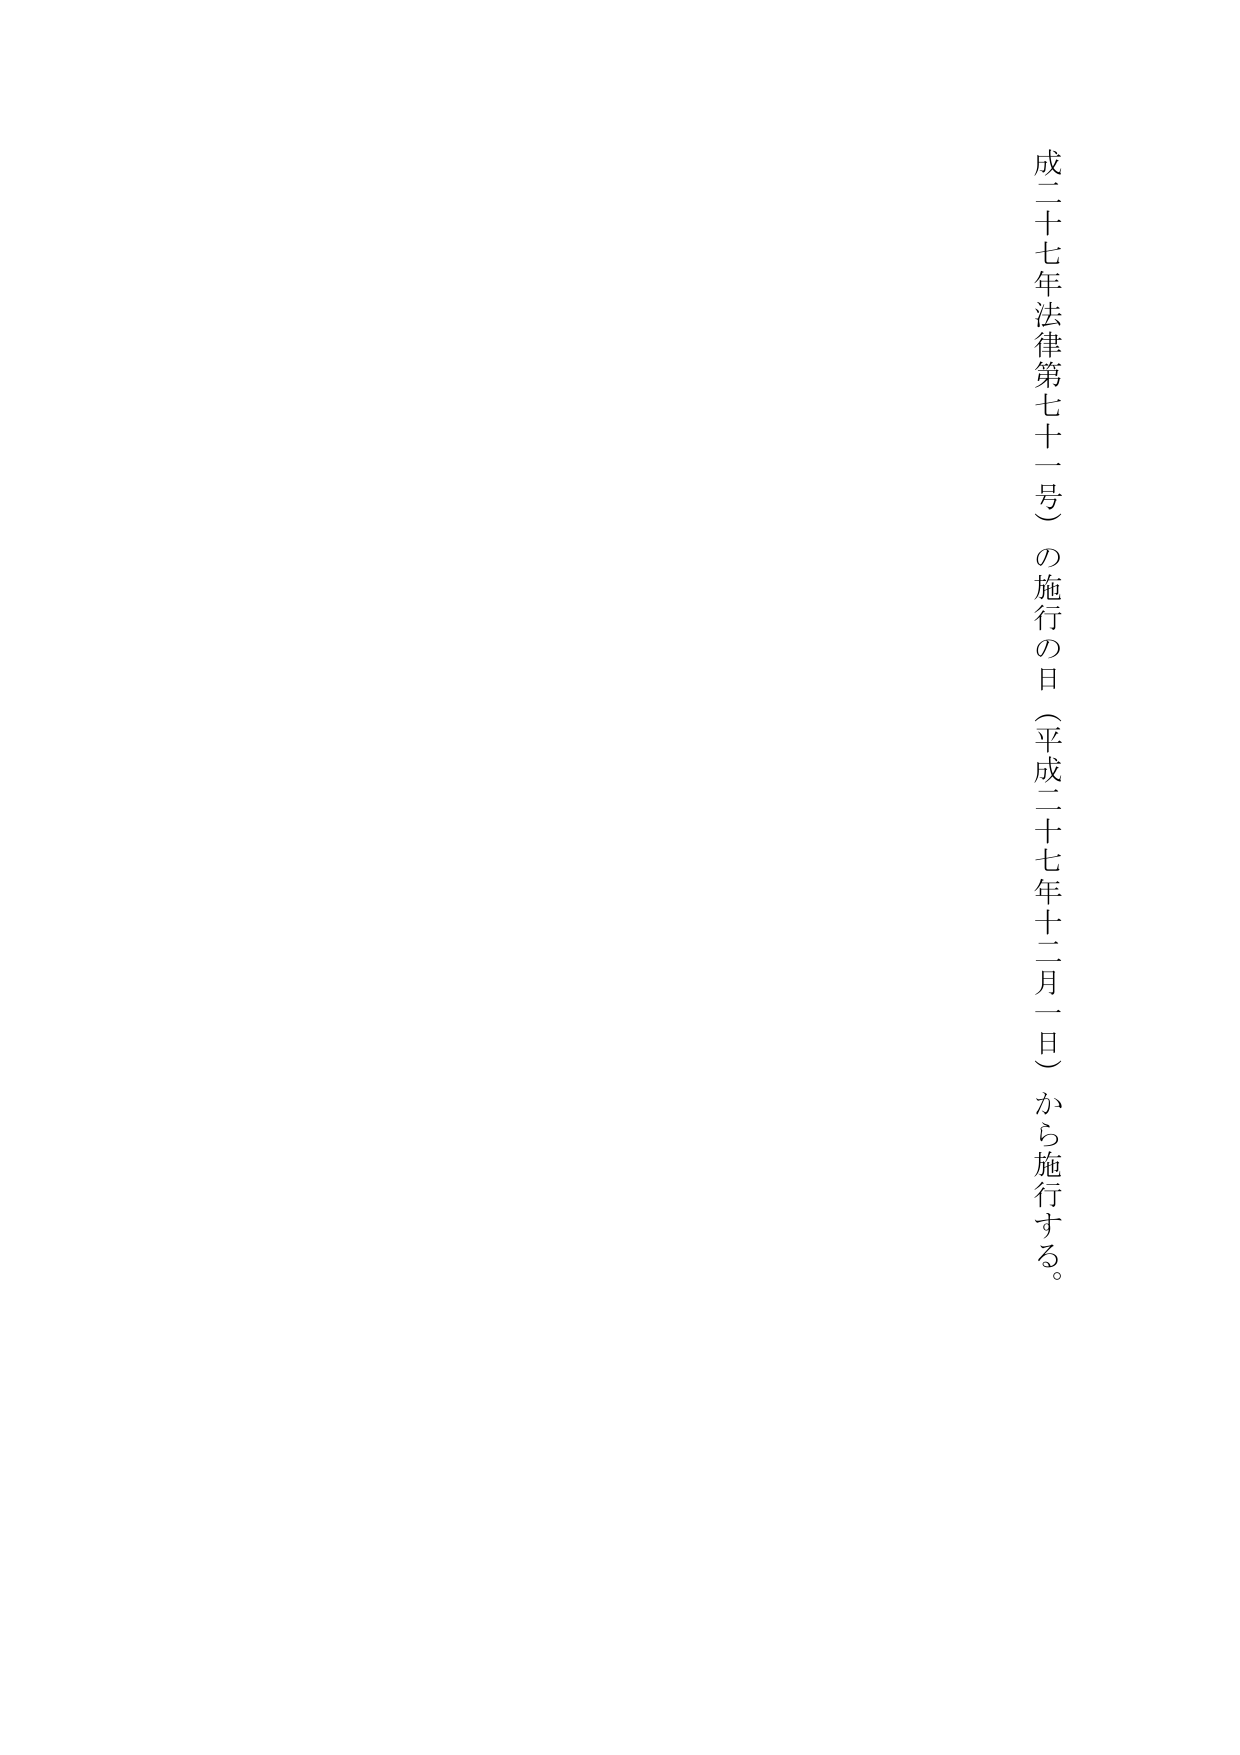
成二十七年法律第七十一号）の施行の日（平成二十七年十二月一日）から施行する。